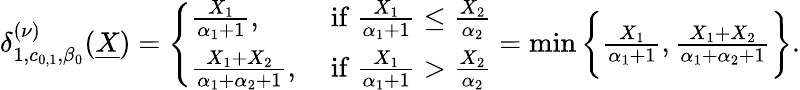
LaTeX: \begin{array}{r}{\delta_{1,c_{0,1},\beta_{0}}^{(\nu)}(\underline{{X}})=\left\{ \begin{array}{ll}{\frac{X_{1}}{\alpha_{1}+1},}&{\mathrm{~if~}\frac{X_{1}}{\alpha_{1}+1}\leq\frac{X_{2}}{\alpha_{2}}}\\ {\frac{X_{1}+X_{2}}{\alpha_{1}+\alpha_{2}+1},}&{\mathrm{~if~}\frac{X_{1}}{\alpha_{1}+1}>\frac{X_{2}}{\alpha_{2}}}\end{array}\right.=\operatorname*{min}\bigg\{ \frac{X_{1}}{\alpha_{1}+1},\frac{X_{1}+X_{2}}{\alpha_{1}+\alpha_{2}+1}\bigg\} .}\end{array}